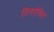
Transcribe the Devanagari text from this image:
डिसऐबिल